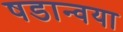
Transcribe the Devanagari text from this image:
षडान्वया